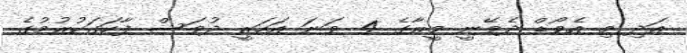
އަދި މި އެވޯޑް ދެވޭނީ މީރާގެ 4 ވަނަ އަހަރީ ދުވަސް ފާހަގަކުރުމުގެ